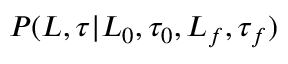
P ( L , \tau | L _ { 0 } , \tau _ { 0 } , L _ { f } , \tau _ { f } )